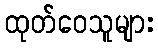
ထုတ်ဝေသူများ